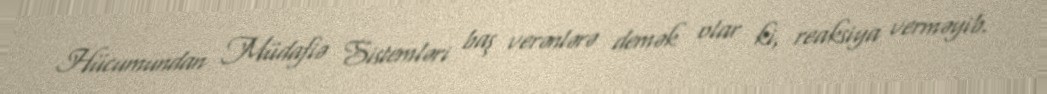
Hücumundan Müdafiə Sistemləri baş verənlərə demək olar ki, reaksiya verməyib.